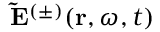
\mathbf { \tilde { E } } ^ { ( \pm ) } ( \mathbf { r } , \omega , t )